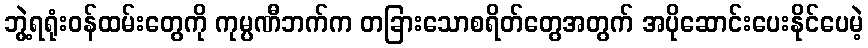
ဘွဲ့ရရုံးဝန်ထမ်းတွေကို ကုမ္ပဏီဘက်က တခြားသောစရိတ်တွေအတွက် အပိုဆောင်းပေးနိုင်ပေမဲ့